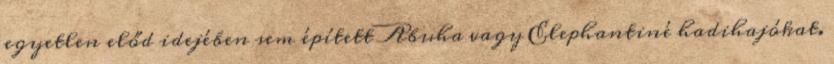
egyetlen előd idejében sem épített Abuha vagy Elephantiné hadihajókat.